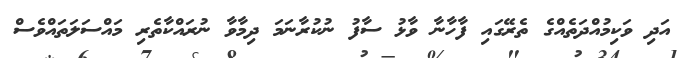
އަދި ވަކިމުއްދަތެއްގެ ތެރޭގައި ފާހާނާ ވާޅު ސާފު ނުކުރާނަމަ ދިމާވާ ނުރައްކާތެރި މައްސަލަތައްވެސް